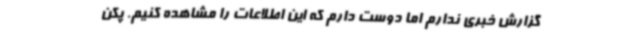
گزارش خبری ندارم اما دوست دارم که این اطلاعات را مشاهده کنیم. پکن